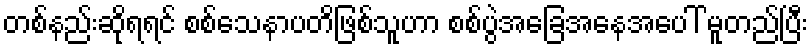
တစ်နည်းဆိုရရင် စစ်သေနာပတိဖြစ်သူဟာ စစ်ပွဲအခြေအနေအပေါ် မူတည်ပြီး